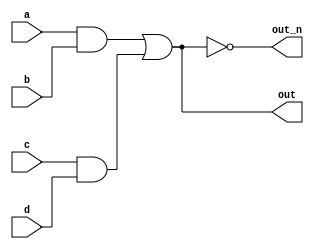
`default_nettype none
module top_module (
    input  a,
    input  b,
    input  c,
    input  d,
    output out,
    output out_n
);

  wire or_in_1;
  wire or_in_2;

  assign or_in_1 = a & b;
  assign or_in_2 = c & d;

  assign out = or_in_1 | or_in_2;
  assign out_n = ~out;

endmodule